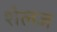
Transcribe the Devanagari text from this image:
शैलज